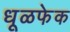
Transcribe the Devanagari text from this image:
धूळफेक